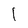
Character: I